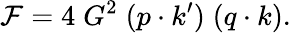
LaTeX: {\cal F}=4\; G^{2}\; (p\cdot k^{\prime})\; (q\cdot k).